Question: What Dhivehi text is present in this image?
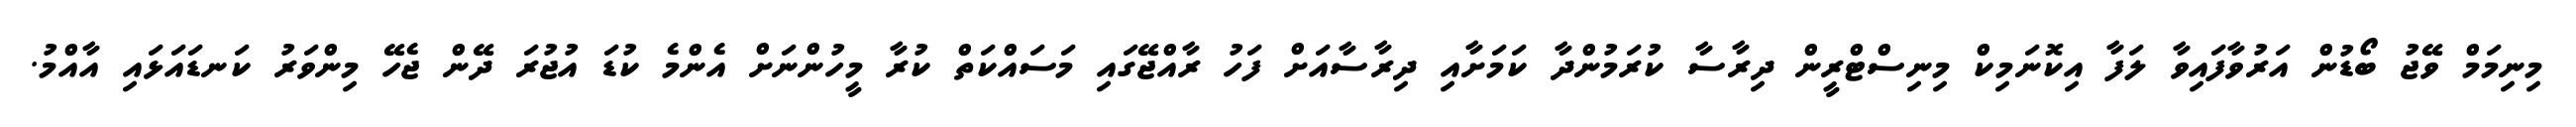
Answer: މިނިމަމް ވޭޖު ބޯޑުން އަރުވާފައިވާ ލަފާ އިކޮނަމިކް މިނިސްޓްރީން ދިރާސާ ކުރަމުންދާ ކަމަށާއި ދިރާސާއަށް ފަހު ރާއްޖޭގައި މަސައްކަތް ކުރާ މީހުންނަށް އެންމެ ކުޑަ އުޖުރަ ދޭން ޖެހޭ މިންވަރު ކަނޑައަޅައި އާއްމު.